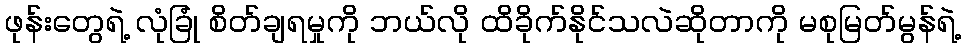
ဖုန်းတွေရဲ့ လုံခြုံ စိတ်ချရမှုကို ဘယ်လို ထိခိုက်နိုင်သလဲဆိုတာကို မစုမြတ်မွန်ရဲ့